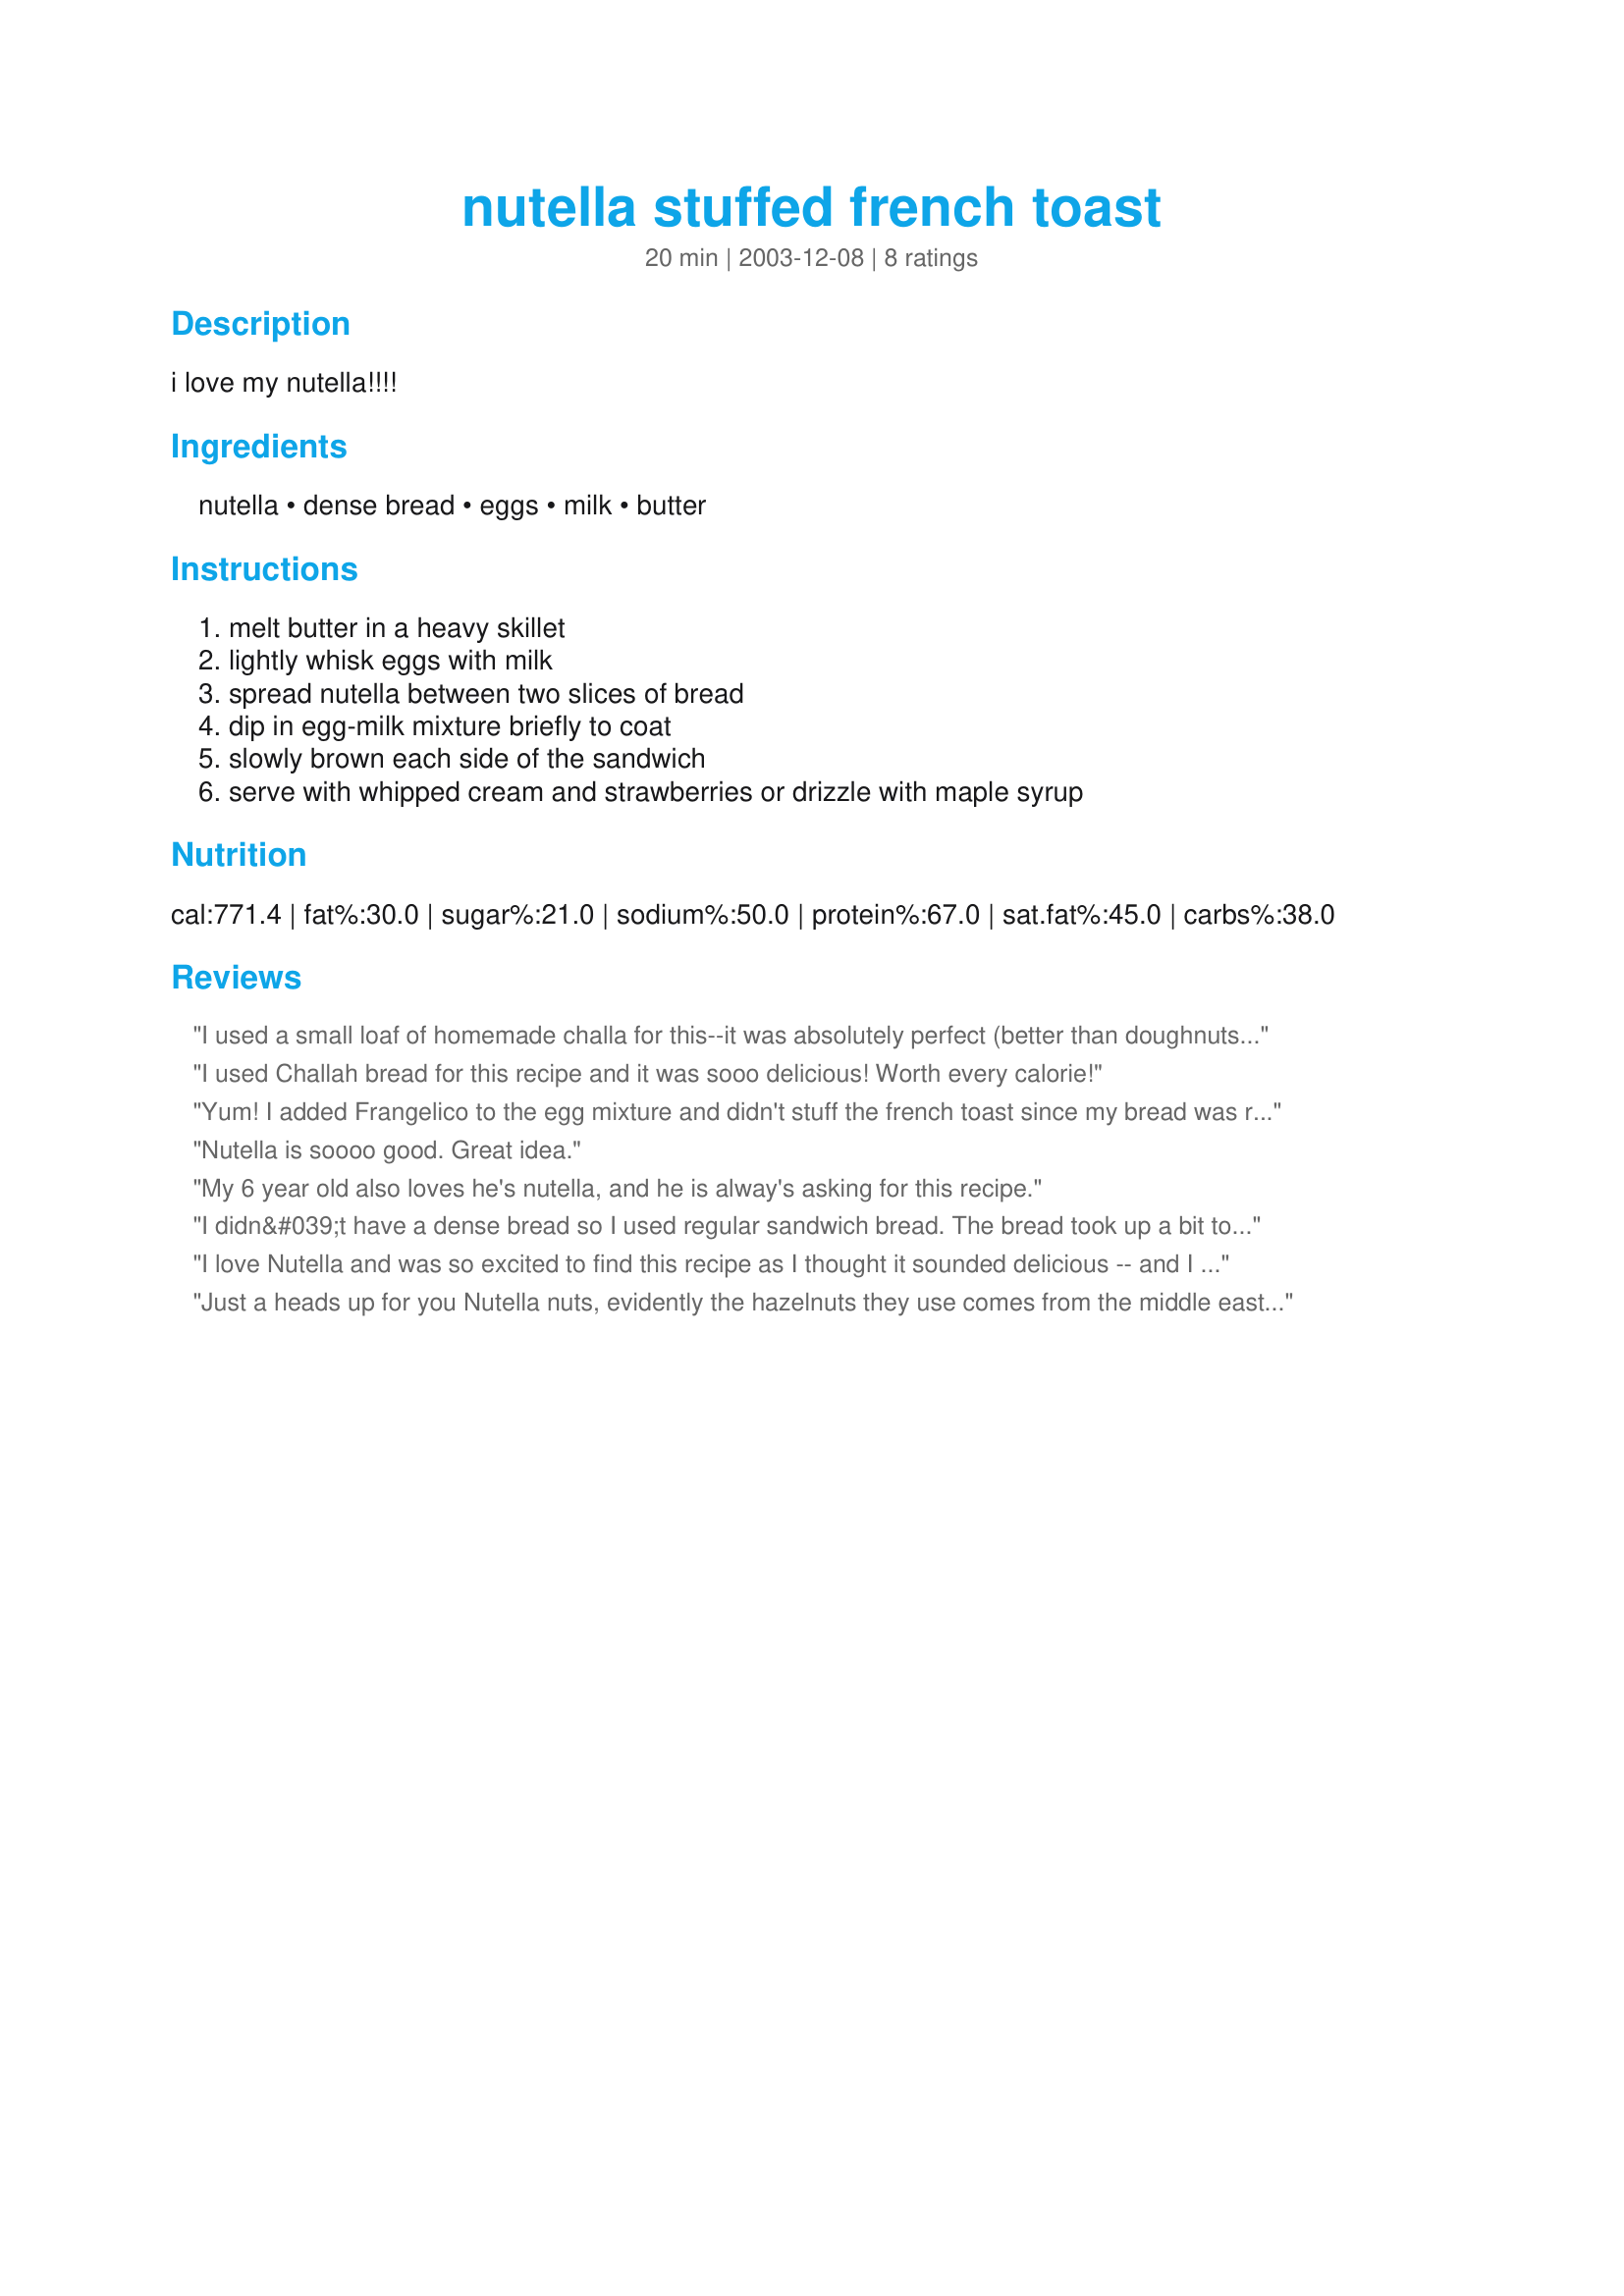
nutella stuffed french toast
Preparation time: 20 minutes

i love my nutella!!!!

Ingredients:
nutella, dense bread, eggs, milk, butter

Steps:
melt butter in a heavy skillet, lightly whisk eggs with milk, spread nutella between two slices of bread, dip in egg-milk mixture briefly to coat, slowly brown each side of the sandwich, serve with whipped cream and strawberries or drizzle with maple syrup

Reviews:
I used a small loaf of homemade challa for this--it was absolutely perfect (better than doughnuts, and not as fattening!). I used the egg/milk amounts called for, and it made six sandwiches with some of the egg/milk mixture leftover (that will be tomorrow's breakfast!). We also ate them "plain", but we will try the fruit and whipped cream.
I used Challah bread for this recipe and it was sooo delicious! Worth every calorie!
Yum! I added Frangelico to the egg mixture and didn't stuff the french toast since my bread was really thick and I was worried about food safety. I warmed and spread the Nutella on top.
Nutella is soooo good. Great idea.
My 6 year old also loves he's nutella, and he is alway's asking for this recipe.
I didn&#039;t have a dense bread so I used regular sandwich bread. The bread took up a bit too much of the batter to cook all of the way through. So I fried one side of the bread after dipping in the batter and then put the Nutella on it before putting the two halves together to fry. It seemed to turn out well and was very tasty. My kids loved it.
I love Nutella and was so excited to find this recipe as I thought it sounded delicious -- and I was not disappointed!! I sprinkled with powdered sugar and put fresh strawberries on top -- super yummy and 5 stars from both DH and I!
Just a heads up for you Nutella nuts, evidently the hazelnuts they use comes from the middle east and the harvest is down 25-30% due to some kind of blight or something so look for the price to go you know where, might want to stock up. Bon Appetit Adios n&#039; Hasta La Bye Bye! Shalom.
